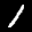
Label: 1